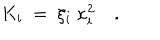
LaTeX: K _ { i } ~ = ~ \xi _ { i } ~ \kappa _ { i } ^ { 2 } \quad .